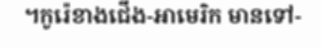
។កូរ៉េខាងជើង-អាមេរិក មានទៅ-